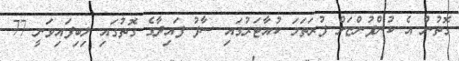
ގޮތުން އެ ކުންފުންޏަށް ފުރަތަމަ ކުއާޓަރުގައި ސާފު ފައިދާގެ ގޮތުގައި ލިބިފައިވަނީ 77